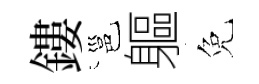
鏤邕軀免